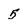
Character: 5